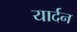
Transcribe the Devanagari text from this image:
यार्दन